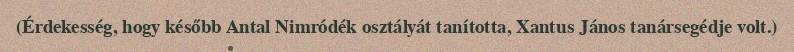
(Érdekesség, hogy később Antal Nimródék osztályát tanította, Xantus János tanársegédje volt.)